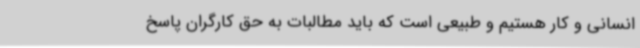
انسانی و کار ‌هستیم و طبیعی است که باید مطالبات به حق کارگران پاسخ